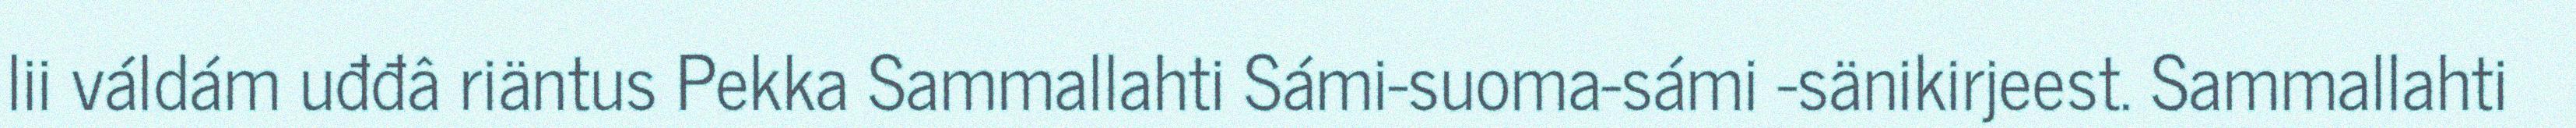
lii váldám uđđâ riäntus Pekka Sammallahti Sámi-suoma-sámi -sänikirjeest. Sammallahti